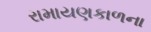
રામાયણકાળના